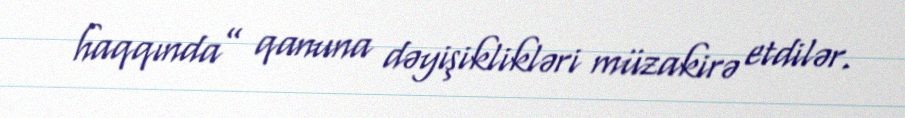
haqqında” qanuna dəyişiklikləri müzakirə etdilər.